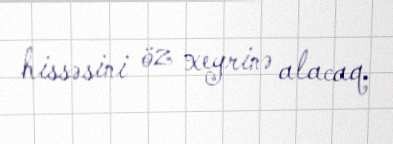
hissəsini öz xeyrinə alacaq.